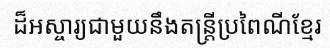
ដ៏អស្ចារ្យជាមួយនឹងតន្ត្រីប្រពៃណីខ្មែរ